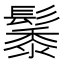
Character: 𮫑